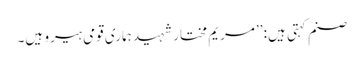
صنم کہتی ہیں: ’’مریم مختار شہید ہماری قومی ہیرو ہیں۔